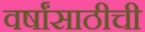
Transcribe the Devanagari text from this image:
वर्षांसाठीची